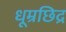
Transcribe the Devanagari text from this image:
धूम्रछिद्र